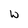
Character: W